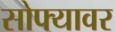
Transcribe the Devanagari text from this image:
सोफ्यावर